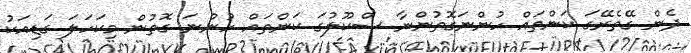
ދެން ގޭތެރޭގަ ކަންތައް ހުންނަގޮތުންނާ ސްކޫލުގަ ކަންތައް ހުންނަ ގޮތުން މިކަހަލަ ގަޑިއަކު